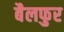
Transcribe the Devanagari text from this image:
बैलफुर